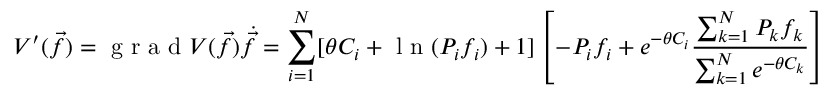
V ^ { \prime } ( \vec { f } ) = \mathrm { ~ g ~ r ~ a ~ d ~ } V ( \vec { f } ) \dot { \vec { f } } = \sum _ { i = 1 } ^ { N } [ \theta C _ { i } + \mathrm { ~ l ~ n ~ } ( P _ { i } f _ { i } ) + 1 ] \left[ - P _ { i } f _ { i } + e ^ { - \theta C _ { i } } \frac { \sum _ { k = 1 } ^ { N } P _ { k } f _ { k } } { \sum _ { k = 1 } ^ { N } e ^ { - \theta C _ { k } } } \right]